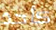
كأحد